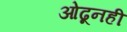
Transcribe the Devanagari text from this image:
ओढूनही